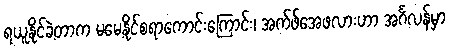
ရယူနိုင်ခဲ့တာက မမေ့နိုင်စရာကောင်းကြောင်း၊ အက်ဖ်အေဖလားဟာ အင်္ဂလန်မှာ